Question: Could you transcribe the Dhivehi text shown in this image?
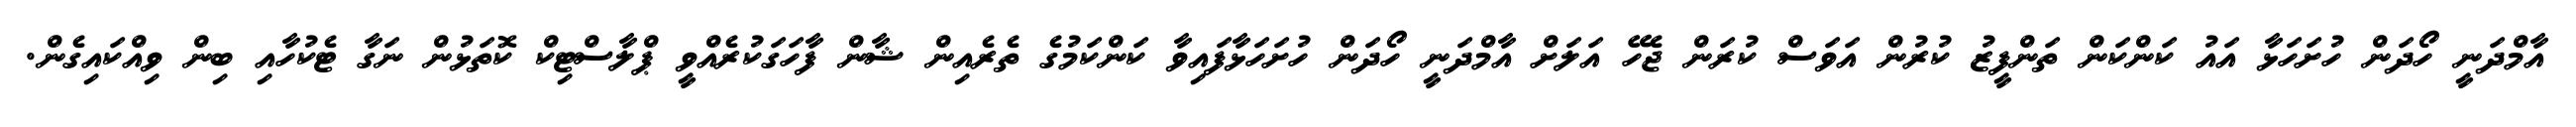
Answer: އާމްދަނީ ހޯދަން ހުށަހަޅާ އައު ކަންކަން ތަންފީޒު ކުރުން އަވަސް ކުރަން ޖެހޭ އަލަށް އާމްދަނީ ހޯދަން ހުށަހަޅާފައިވާ ކަންކަމުގެ ތެރެއިން ޝާން ފާހަގަކުރެއްވީ ޕްލާސްޓިކް ކޮތަޅުން ނަގާ ޓެކުހާއި ބިން ވިއްކައިގެން.